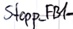
Text: Stopp_FB1